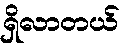
ရှိလာတယ်